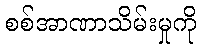
စစ်အာဏာသိမ်းမှုကို